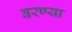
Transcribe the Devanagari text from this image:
बरण्या